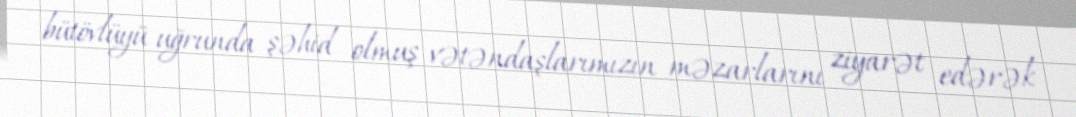
bütövlüyü uğrunda şəhid olmuş vətəndaşlarımızın məzarlarını ziyarət edərək